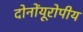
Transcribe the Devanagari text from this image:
दोनोंयूरोपीय